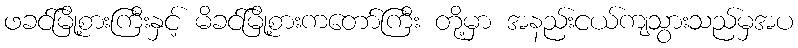
ဖခင်မြို့စားကြီးနှင့် မိခင်မြို့စားကတော်ကြီး တို့မှာ အနည်းငယ်ကျသွားသည်မှအပ